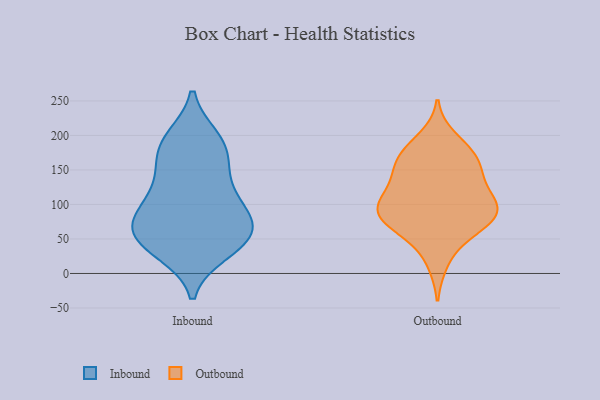
{"axis": {"x": "Bounce Rate (%)", "y": "Value"}, "legend": ["Inbound", "Outbound"], "data": [{"x": "", "y": 33, "type": "Inbound"}, {"x": "", "y": 104, "type": "Inbound"}, {"x": "", "y": 31, "type": "Inbound"}, {"x": "", "y": 149, "type": "Inbound"}, {"x": "", "y": 145, "type": "Inbound"}, {"x": "", "y": 192, "type": "Inbound"}, {"x": "", "y": 104, "type": "Inbound"}, {"x": "", "y": 189, "type": "Inbound"}, {"x": "", "y": 46, "type": "Inbound"}, {"x": "", "y": 57, "type": "Inbound"}, {"x": "", "y": 109, "type": "Inbound"}, {"x": "", "y": 63, "type": "Inbound"}, {"x": "", "y": 170, "type": "Inbound"}, {"x": "", "y": 76, "type": "Inbound"}, {"x": "", "y": 72, "type": "Inbound"}, {"x": "", "y": 48, "type": "Inbound"}, {"x": "", "y": 75, "type": "Inbound"}, {"x": "", "y": 196, "type": "Inbound"}, {"x": "", "y": 171, "type": "Outbound"}, {"x": "", "y": 89, "type": "Outbound"}, {"x": "", "y": 67, "type": "Outbound"}, {"x": "", "y": 91, "type": "Outbound"}, {"x": "", "y": 95, "type": "Outbound"}, {"x": "", "y": 89, "type": "Outbound"}, {"x": "", "y": 142, "type": "Outbound"}, {"x": "", "y": 172, "type": "Outbound"}, {"x": "", "y": 153, "type": "Outbound"}, {"x": "", "y": 174, "type": "Outbound"}, {"x": "", "y": 114, "type": "Outbound"}, {"x": "", "y": 15, "type": "Outbound"}, {"x": "", "y": 88, "type": "Outbound"}, {"x": "", "y": 197, "type": "Outbound"}, {"x": "", "y": 60, "type": "Outbound"}, {"x": "", "y": 123, "type": "Outbound"}, {"x": "", "y": 96, "type": "Outbound"}, {"x": "", "y": 56, "type": "Outbound"}, {"x": "", "y": 140, "type": "Outbound"}]}